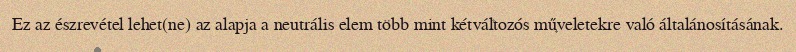
Ez az észrevétel lehet(ne) az alapja a neutrális elem több mint kétváltozós műveletekre való általánosításának.